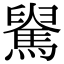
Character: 𩤺